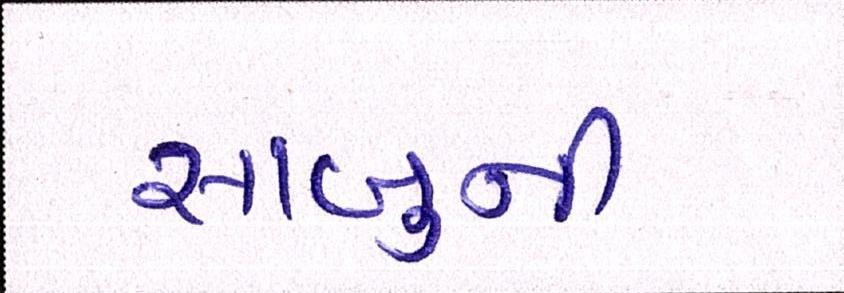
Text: સાબુની